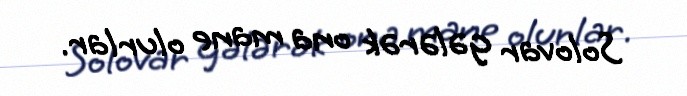
Solovar gələrək ona mane olurlar.